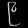
Digit: ၉